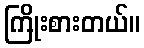
ကြိုးစားတယ်။